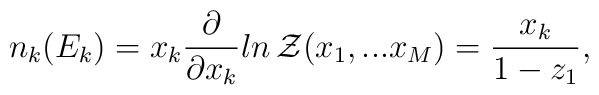
n_k(E_k)=x_k \frac{\partial}{\partial x_k} ln \,{\cal Z}(x_1,...x_M) = \frac{x_k}{1 - z_1},